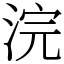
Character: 浣